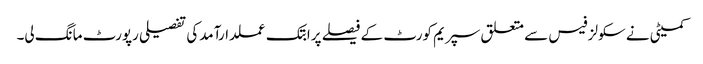
کمیٹی نے سکولز فیس سے متعلق سپریم کورٹ کے فیصلے پرابتک عملدارآمدکی تفصیلی رپورٹ مانگ لی۔